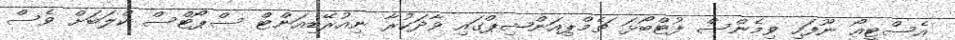
އެސްޓީއޯ ނޫފަހި ވިމެންސް ފުޓްބޯޅަ ޗެމްޕިއަންޝިޕްގައި ވާދަކުރާ ނިއުރޭޑިއަންޓް ސްޕޯޓްސް ކްލަބަށް ވެސް